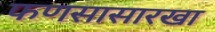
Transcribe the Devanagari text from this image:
फणसासारखा